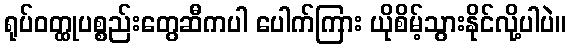
ရုပ်ဝတ္ထုပစ္စည်းတွေဆီကပါ ပေါက်ကြား ယိုစိမ့်သွားနိုင်လို့ပါပဲ။